Indian journal of veterinary science and animal husbandry - Volume 5,
Year: 1935
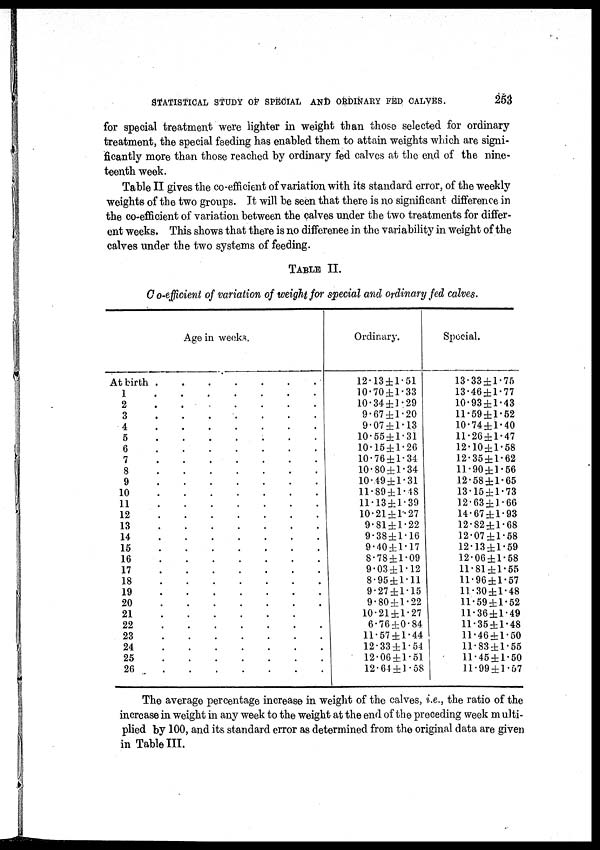
STATISTICAL STUDY OF SPECIAL AND ORDINARY FED CALVES.
253
for special treatment were lighter in weight than those selected for ordinary
treatment, the special feeding has enabled them to attain weights which are signi-
ficantly more than those reached by ordinary fed calves at the end of the nine-
teenth week.
Table II gives the co-efficient of variation with its standard error, of the weekly
weights of the two groups. It will be seen that there is no significant difference in
the co-efficient of variation between the calves under the two treatments for differ-
ent weeks. This shows that there is no differenee in the variability in weight of the
calves under the two systems of feeding.
TABLE II.
Co-efficient of variation of weight for special and ordinary fed calves.
Age in weeks.
At birth
.
.
.
.
.
.
.
1 . . . . . . .
2 . . . . . . .
3 . . . . . . .
4 . . . . . . .
5 . . . . . . .
6 . . . . . . .
7 . . . . . . .
8 . . . . . . .
9 . . . . . . .
10 . . . . . . .
11 . . . . . . .
12 . . . . . . .
13 . . . . . . .
14 . . . . . . .
15 . . . . . . .
16 . . . . . . .
17 . . . . . . .
18 . . . . . . .
19 . . . . . . .
20 . . . . . . .
21 . . . . . . .
22 . . . . . . .
23 . . . . . . .
24 . . . . . . .
25 . . . . . . .
26 . . . . . . .
Ordinary.
12.13 ± 1.51
10.70 ± 1.33
10.34 ± 1.29
9.67 ± 1.20
9.07 ± 1.13
10.55 ± 1.31
10.15 ± 1.26
10.76 ± 1.34
10.80 ± 1.34
10.49 ± 1.31
11.89 ± 1.18
11.13 ± 1.39
10.21 ± 1.27
9.81 ± 1.22
9.38 ± 1.16
9.40 ± 1.17
8.78 ± 1.09
9.03 ± 1.12
8.95 ± 1.11
9.27 ± 1.15
9.80 ± 1.22
10.21 ± 1.27
6.76 ± 0.84
11.57 ± 1.44
12.33 ± 1.54
12.06 ± 1.51
12.64 ± 1.58
Special.
13.33 ± 1.75
13.46 ± 1.77
10.93 ± 1.43
11.69 ± 1.62
10.74 ± 1.40
11.26 ± 1.47
12.10 ± 1.58
12.35 ± 1.62
11.90 ± 1.66
12.58 ± 1.65
13.15 ± 1.73
12.63 ± 1.66
14.67 ± 1.93
12.82 ± 1.68
12.07 ± 1.58
12.13 ± 1.59
12.06 ± 1.58
11.81 ± 1.55
11.96 ± 1.57
11.30 ± 1.48
11.59 ± 1.52
11.36 ± 1.49
11.35 ± 1.48
11.46 ± 1.50
11.83 ± 1.55
11.45 ± 1.50
11.99 ± 1.57
The average percentage increase in weight of the calves, i.e., the ratio of the
increase in weight in any week to the weight at the end of the proceding week multi-
plied by 100, and its standard error as determined from the original data are given
in Table III.